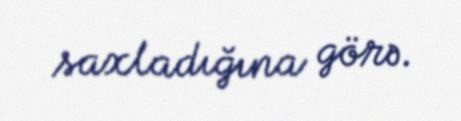
saxladığına görə.